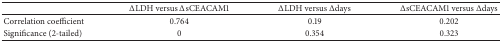
<table><thead><tr><td><b> </b></td><td><b>ΔLDH versus ΔsCEACAM1</b></td><td><b>ΔLDH versus Δdays</b></td><td><b>ΔsCEACAM1 versus Δdays</b></td></tr></thead><tbody><tr><td>Correlation coefficient</td><td>0.764</td><td>0.19</td><td>0.202</td></tr><tr><td>Significance (2-tailed)</td><td>0</td><td>0.354</td><td>0.323</td></tr></tbody></table>